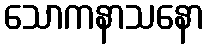
သောကနာသနော